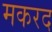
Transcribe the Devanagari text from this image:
मकरद